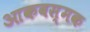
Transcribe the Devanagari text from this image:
आकबस्मक